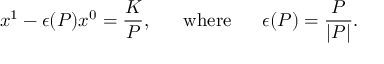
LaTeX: x ^ { 1 } - \epsilon ( P ) x ^ { 0 } = \frac { K } { P } , ~ ~ ~ ~ ~ \mathrm { w h e r e } ~ ~ ~ ~ ~ \epsilon ( P ) = \frac { P } { | P | } .